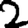
Digit: 2